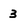
Character: 3